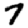
Digit: 7